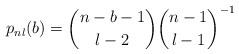
LaTeX: \begin{align*}p_{nl}(b) = {n-b-1\choose l-2}{n-1\choose l-1}^{-1}\end{align*}